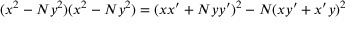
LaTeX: \ ( x ^ { 2 } - N y ^ { 2 } ) ( x ^ { 2 } - N y ^ { 2 } ) = ( x x ^ { \prime } + N y y ^ { \prime } ) ^ { 2 } - N ( x y ^ { \prime } + x ^ { \prime } y ) ^ { 2 }